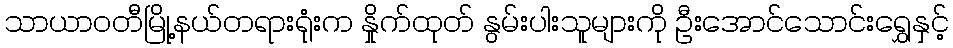
သာယာဝတီမြို့နယ်တရားရုံးက နှိုက်ထုတ် နွမ်းပါးသူများကို ဦးအောင်သောင်းရွှေနှင့်